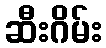
ဆီးဂိမ်း